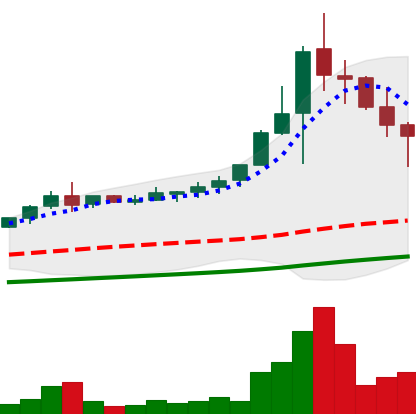
Ticker: NEO-USD
Chart end date: 2021-04-23
Forward return: 6.719%
Label: up_5_7